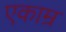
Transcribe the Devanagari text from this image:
एकाम्र